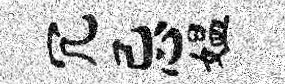
冗忌媪